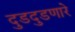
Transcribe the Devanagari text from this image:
दुडदुडणारे